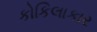
કોકિલાકાર